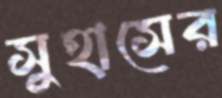
সুহাসের